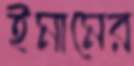
ইমামের